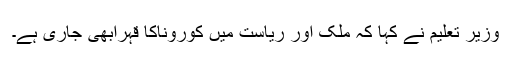
وزیر تعلیم نے کہا کہ ملک اور ریاست میں کوروناکا قہرابھی جاری ہے۔